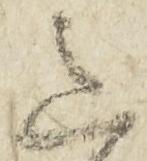
意